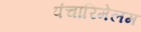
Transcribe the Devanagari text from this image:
पंचारिमेलम